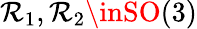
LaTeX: \mathcal{R}_{1},\mathcal{R}_{2}\inSO(3)